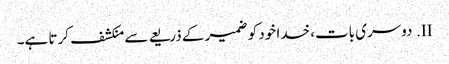
II.	دوسری بات، خدا خود کو ضمیر کے ذریعے سے منکشف کرتا ہے۔